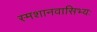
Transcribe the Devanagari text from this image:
स्मशानवासिभ्यः